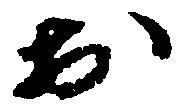
於